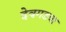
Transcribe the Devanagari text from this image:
देवगडचा